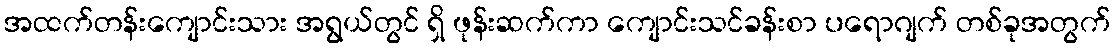
အထက်တန်းကျောင်းသား အရွယ်တွင် ရှိ ဖုန်းဆက်ကာ ကျောင်းသင်ခန်းစာ ပရောဂျက် တစ်ခုအတွက်